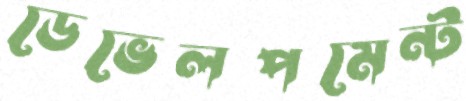
ডেভেলপমেন্ট